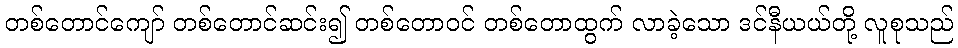
တစ်တောင်ကျော် တစ်တောင်ဆင်း၍ တစ်တောဝင် တစ်တောထွက် လာခဲ့သော ဒင်နီယယ်တို့ လူစုသည်